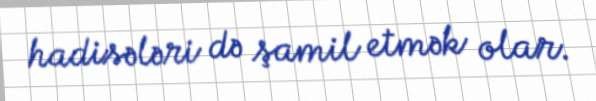
hadisələri də şamil etmək olar.